Source: Handwritten
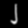
Digit: ၂ (2)